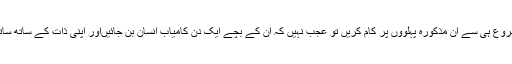
والدین ،اساتذہ اور بچوں کی تربیت سے متعلق دیگر افراداگر شروع ہی سے ان مذکورہ پہلوؤں پر کام کریں تو عجب نہیں کہ ان کے بچے ایک دن کامیاب انسان بن جائیںاور اپنی ذات کے ساتھ ساتھ سماج کے لیے بھی ایک مفید فرد کے طور پر جانے جائیں۔